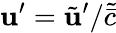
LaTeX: \mathbf{u}^{\prime}=\tilde{{\mathbf{u}}}^{\prime}/\tilde{{\bar{{c}}}}